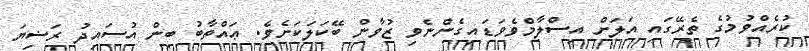
ކުރެއްވުމުގެ ތެރޭގައި އަލަށް އިސްލާމްވެވަޑައިގެންނެވި ޒުވާން ބޭކަލަކަށެވެ. ޢައްތާބު ބިން އުސައިދު ރަޟިޔަ